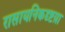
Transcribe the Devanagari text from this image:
रासायनिकदृष्टय़ा